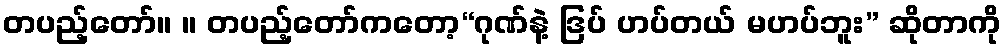
တပည့်တော်။ ။ တပည့်တော်ကတော့“ဂုဏ်နဲ့ ဒြပ် ဟပ်တယ် မဟပ်ဘူး” ဆိုတာကို